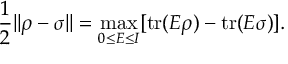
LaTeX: { \frac { 1 } { 2 } } | | \rho - \sigma | | = \operatorname* { m a x } _ { 0 \leq E \leq I } [ \mathrm { { t r } } ( E \rho ) - \mathrm { { t r } } ( E \sigma ) ] .